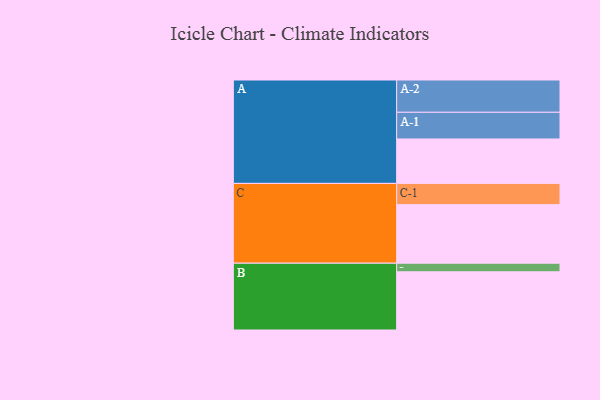
{"axis": {"x": "Segment", "y": "Value"}, "legend": ["", "A", "B", "C"], "data": [{"x": "A", "y": 358, "type": ""}, {"x": "B", "y": 469, "type": ""}, {"x": "C", "y": 472, "type": ""}, {"x": "A-1", "y": 215, "type": "A"}, {"x": "A-2", "y": 260, "type": "A"}, {"x": "B-1", "y": 69, "type": "B"}, {"x": "C-1", "y": 171, "type": "C"}]}